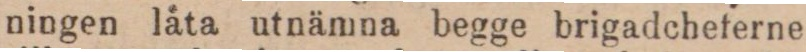
ningen läta utnämna begge brigadcheferne